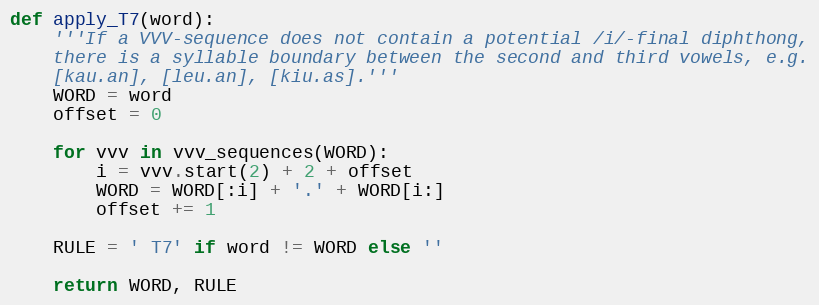
Language: Python
def apply_T7(word):
    '''If a VVV-sequence does not contain a potential /i/-final diphthong,
    there is a syllable boundary between the second and third vowels, e.g.
    [kau.an], [leu.an], [kiu.as].'''
    WORD = word
    offset = 0

    for vvv in vvv_sequences(WORD):
        i = vvv.start(2) + 2 + offset
        WORD = WORD[:i] + '.' + WORD[i:]
        offset += 1

    RULE = ' T7' if word != WORD else ''

    return WORD, RULE